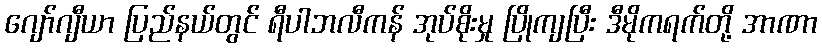
ဂျော်ဂျီယာ ပြည်နယ်တွင် ရီပါဘလီကန် အုပ်စိုးမှု ပြိုကျပြီး ဒီမိုကရက်တို့ အာဏာ